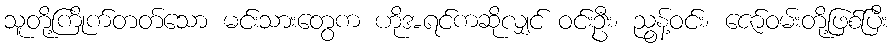
သူတို့ကြိုက်တတ်သော မင်းသားတွေက ဟိုအရင်ကဆိုလျှင် ဝင်းဦး၊ ညွန့်ဝင်း၊ ဇော်ဝမ်းတို့ဖြစ်ပြီး